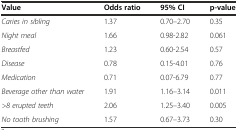
| Value | Odds ratio | 95% CI | p-value |
 | --- | --- | --- | --- |
 | Caries in sibling | 1.37 | 0.70–2.70 | 0.35 |
 | Night meal | 1.66 | 0.98-2.82 | 0.061 |
 | Breastfed | 1.23 | 0.60-2.54 | 0.57 |
 | Disease | 0.78 | 0.15-4.01 | 0.76 |
 | Medication | 0.71 | 0.07-6.79 | 0.77 |
 | Beverage other than water | 1.91 | 1.16–3.14 | 0.011 |
 | >8 erupted teeth | 2.06 | 1.25–3.40 | 0.005 |
 | No tooth brushing | 1.57 | 0.67–3.73 | 0.30 |